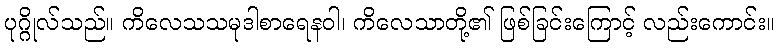
ပုဂ္ဂိုလ်သည်။ ကိလေသသမုဒါစာရေနဝါ၊ ကိလေသာတို့၏ ဖြစ်ခြင်းကြောင့် လည်းကောင်း။